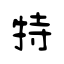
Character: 特